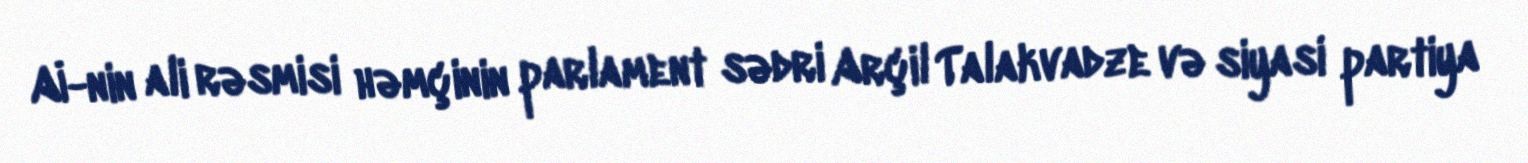
Aİ-nin ali rəsmisi həmçinin parlament sədri Arçil Talakvadze və siyasi partiya